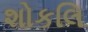
શોકલિ